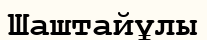
Шаштайұлы